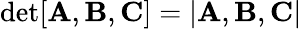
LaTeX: \mathrm{det}[\mathbf{A},\mathbf{B},\mathbf{C}]=|\mathbf{A},\mathbf{B},\mathbf{C}|